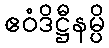
ဧဝံဒိဋ္ဌီနမ္ပိ